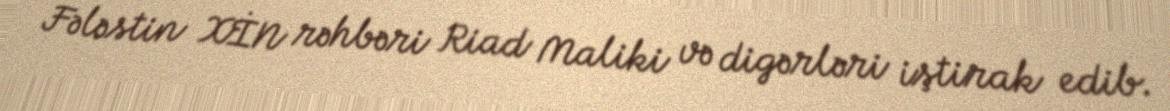
Fələstin XİN rəhbəri Riad Maliki və digərləri iştirak edib.